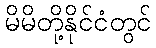
မိမိတို့နိုင်ငံတွင်